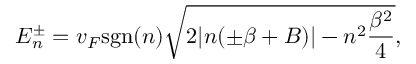
E _ { n } ^ { \pm } = v _ { F } \mathrm { s g n } ( n ) \sqrt { 2 | n ( \pm \beta + B ) | - n ^ { 2 } \frac { \beta ^ { 2 } } { 4 } } ,